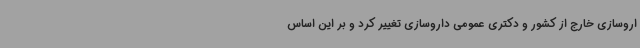
اروسازی خارج از کشور و دکتری عمومی داروسازی تغییر کرد و بر این اساس